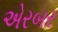
એરબર